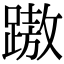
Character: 𨄨